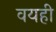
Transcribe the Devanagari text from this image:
वयही